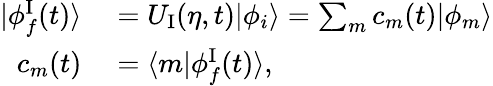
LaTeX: \begin{array}{rl}{\vert\phi_{f}^{\mathrm{I}}(t)\rangle}&{{}=U_{\mathrm{I}}(\eta,t)\vert\phi_{i}\rangle=\sum_{m}c_{m}(t)\vert\phi_{m}\rangle}\\ {c_{m}(t)}&{{}=\langle m\vert\phi_{f}^{\mathrm{I}}(t)\rangle,}\end{array}